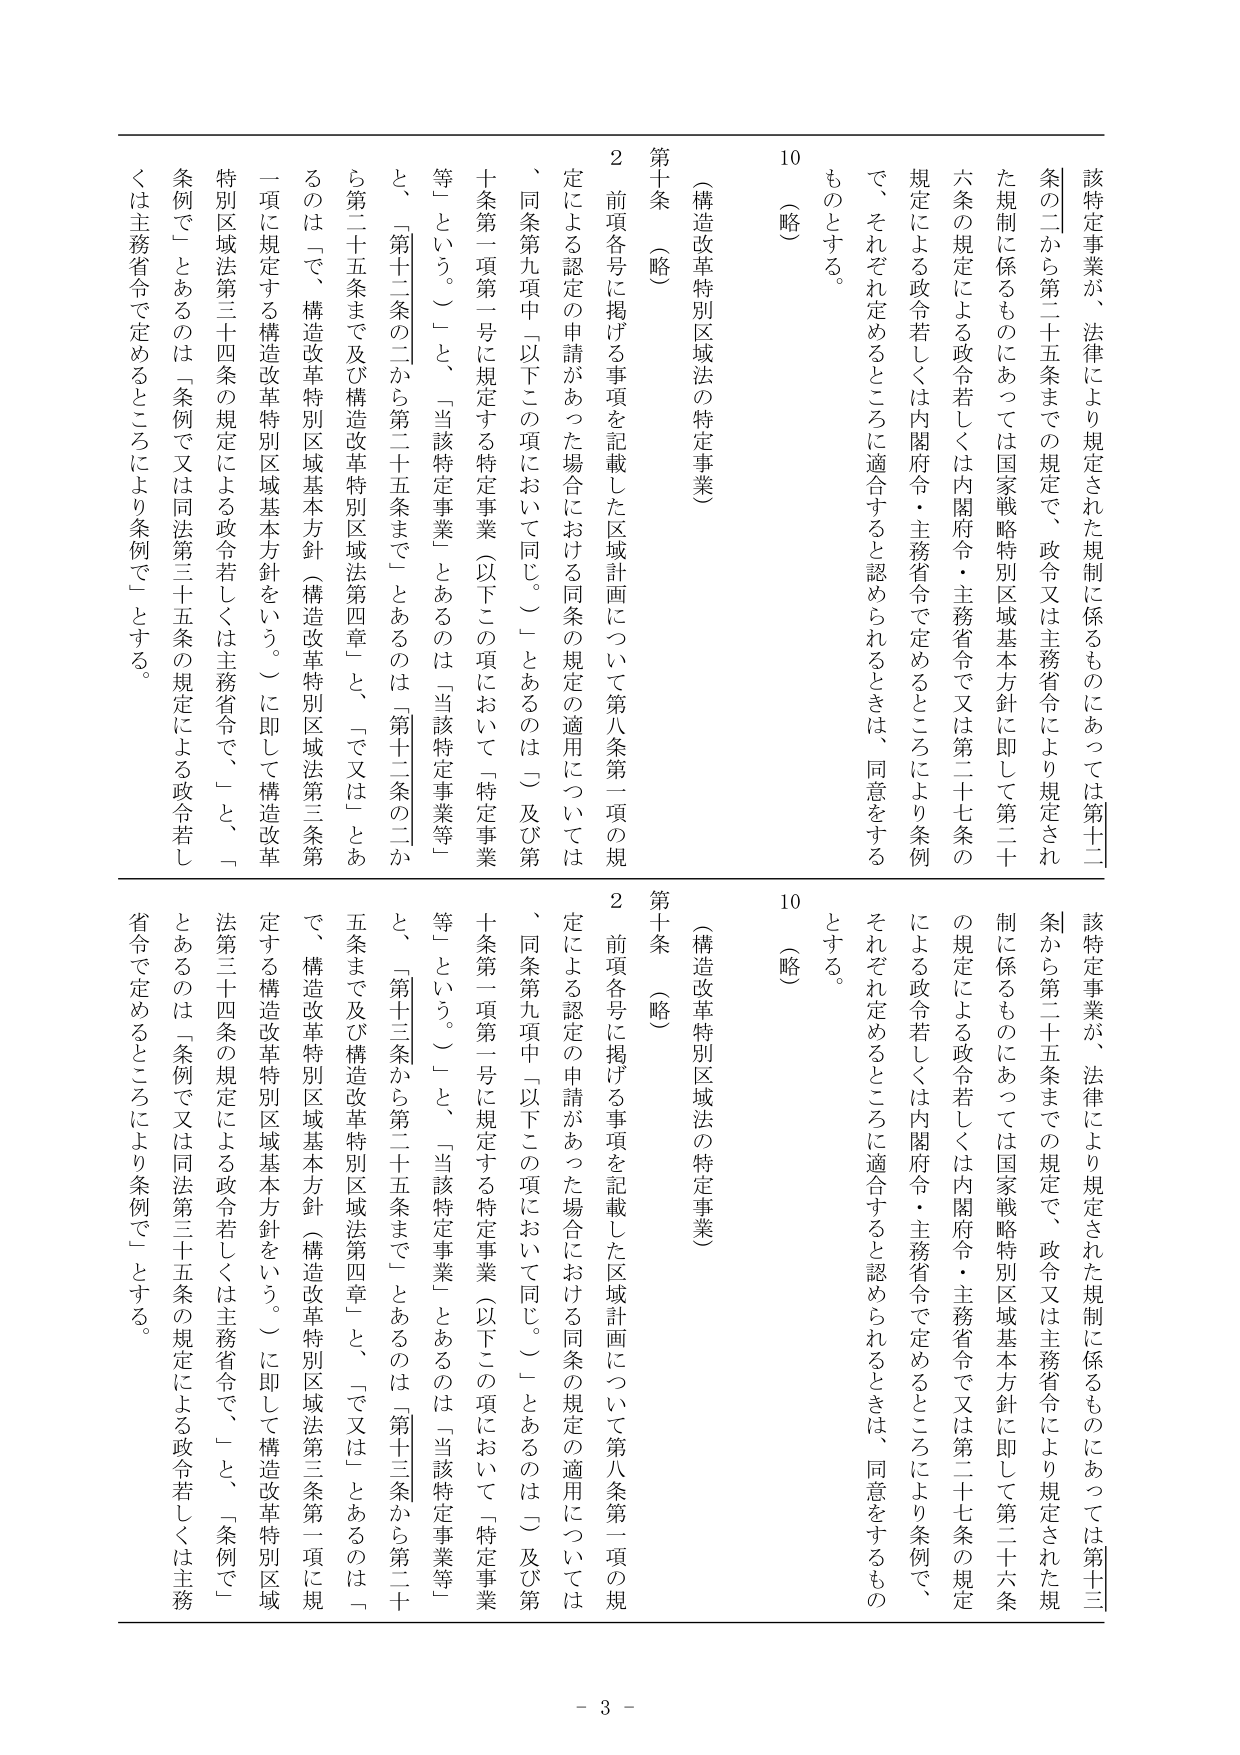
該特定事業が、法律により規定された規制に係るものにあっては第十二条の二から第二十五条までの規定で、政令又は主務省令により規定された規制に係るものにあっては国家戦略特別区域基本方針に即して第二十六条の規定による政令若しくは内閣府令・主務省令で又は第二十七条の規定による政令若しくは内閣府令・主務省令で定めるところにより条例で、それぞれ定めるところに適合すると認められるときは、同意をするものとする。

（略）

第十条（略）
（構造改革特別区域法の特定事業）
２ 前項各号に掲げる事項を記載した区域計画について第八条第一項の規定による認定の申請があった場合における同条の規定の適用については、同条第九項中「以下この項において同じ。」とあるのは「及び第十条第一項第一号に規定する特定事業（以下この項において「特定事業等」という。）」と、「当該特定事業」とあるのは「当該特定事業等」と、「第十二条の二から第二十五条まで」とあるのは「第十二条の二から第二十五条まで及び構造改革特別区域法第四章」と、「で又は」とあるのは「で、構造改革特別区域基本方針（構造改革特別区域法第三条第一項に規定する構造改革特別区域基本方針をいう。）に即して構造改革特別区域法第三十四条の規定による政令若しくは主務省令で、「と、「条例で」とあるのは「条例で又は同法第三十五条の規定による政令若しくは主務省令で定めるところにより条例で」とする。

該特定事業が、法律により規定された規制に係るものにあっては第十三条から第二十五条までの規定で、政令又は主務省令により規定された規制に係るものにあっては国家戦略特別区域基本方針に即して第二十六条の規定による政令若しくは内閣府令・主務省令で又は第二十七条の規定による政令若しくは内閣府令・主務省令で定めるところにより条例で、それぞれ定めるところに適合すると認められるときは、同意をするものとする。

（略）

第十条（略）
（構造改革特別区域法の特定事業）
２ 前項各号に掲げる事項を記載した区域計画について第八条第一項の規定による認定の申請があった場合における同条の規定の適用については、同条第九項中「以下この項において同じ。」とあるのは「及び第十条第一項第一号に規定する特定事業（以下この項において「特定事業等」という。）」と、「当該特定事業」とあるのは「当該特定事業等」と、「第十三条から第二十五条まで」とあるのは「第十三条から第二十五条まで及び構造改革特別区域法第四章」と、「で又は」とあるのは「で、構造改革特別区域基本方針（構造改革特別区域法第三条第一項に規定する構造改革特別区域基本方針をいう。）に即して構造改革特別区域法第三十四条の規定による政令若しくは主務省令で、「と、「条例で」とあるのは「条例で又は同法第三十五条の規定による政令若しくは主務省令で定めるところにより条例で」とする。

- 3 -